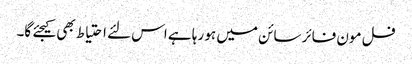
فل مون فائر سائن میں ہو رہا ہے اس لئے احتیاط بھی کیجئے گا۔